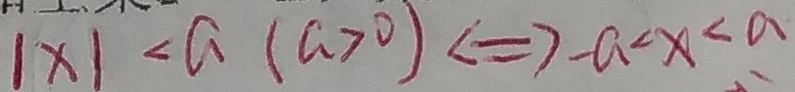
\vert x \vert < a ( a > 0 ) \Leftrightarrow - a < x < a